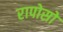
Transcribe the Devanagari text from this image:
रापोसो